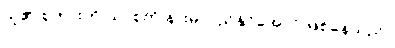
သူ၏ စကားကို ယာစုကို နားမလည်နိုင်အောင် ဖြစ်နေသည်။